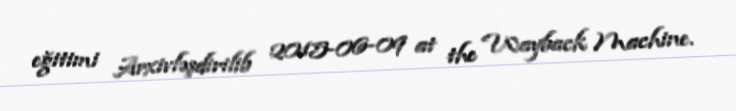
eğitimi Arxivləşdirilib 2015-06-09 at the Wayback Machine.